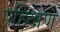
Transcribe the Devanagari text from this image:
प्रहिक्षण